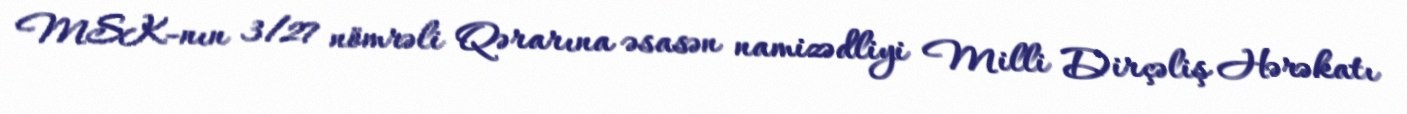
MSK-nın 3/27 nömrəli Qərarına əsasən namizədliyi Milli Dirçəliş Hərəkatı